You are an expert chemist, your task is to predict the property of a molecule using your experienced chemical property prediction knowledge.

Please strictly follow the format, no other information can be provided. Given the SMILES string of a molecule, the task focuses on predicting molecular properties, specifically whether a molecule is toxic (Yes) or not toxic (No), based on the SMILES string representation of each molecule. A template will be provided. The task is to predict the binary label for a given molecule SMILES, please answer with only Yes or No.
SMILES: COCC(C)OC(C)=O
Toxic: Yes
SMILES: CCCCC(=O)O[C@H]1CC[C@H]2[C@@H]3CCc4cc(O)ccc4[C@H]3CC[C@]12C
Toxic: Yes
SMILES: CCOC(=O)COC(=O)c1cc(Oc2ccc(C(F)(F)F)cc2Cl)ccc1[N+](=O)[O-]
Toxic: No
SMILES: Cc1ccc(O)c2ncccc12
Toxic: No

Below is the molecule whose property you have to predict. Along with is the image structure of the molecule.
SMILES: Oc1cc2c(cc1O)[C@H]1c3ccc(O)c(O)c3OC[C@@]1(O)C2
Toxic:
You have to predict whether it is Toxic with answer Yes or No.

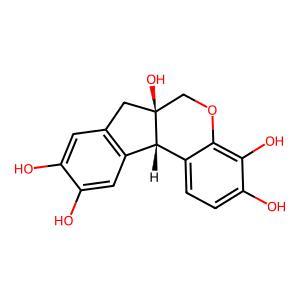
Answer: No